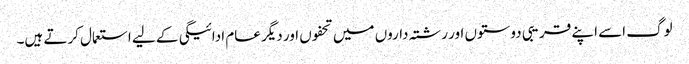
لوگ اسے اپنے قریبی دوستوں اور رشتہ داروں میں تحفوں اور دیگر عام ادائیگی کے لیے استعمال کرتے ہیں۔